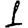
Digit: 1